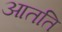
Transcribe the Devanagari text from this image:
आतति